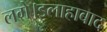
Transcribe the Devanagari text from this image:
लगे।इलाहाबाद